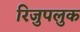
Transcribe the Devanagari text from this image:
रिजुपलुक